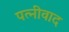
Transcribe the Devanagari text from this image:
पत्नीवाद